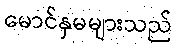
မောင်နှမများသည်